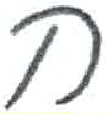
אות: ח